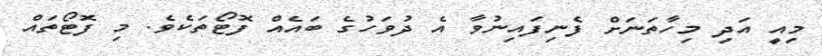
މިއީ އަދި މިހާތަނަށް ފެނިފައިނުވާ އެ ދުވަހުގެ ބައެއް ފޮޓޯތަކެވެ. މި ފޮޓޯތައް